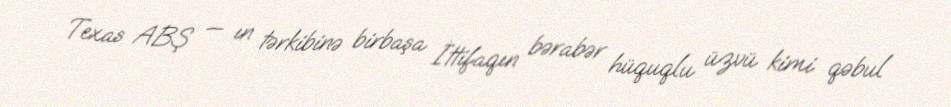
Texas ABŞ — ın tərkibinə birbaşa İttifaqın bərabər hüquqlu üzvü kimi qəbul